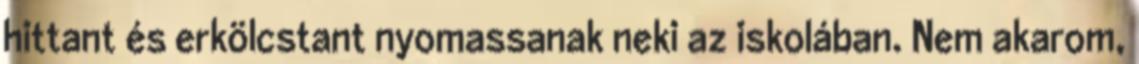
hittant és erkölcstant nyomassanak neki az iskolában. Nem akarom,